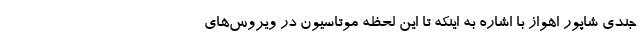
جندی شاپور اهواز با اشاره به اینکه تا این لحظه موتاسیون در ویروس‌های